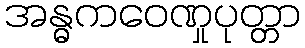
အန္ဓကဝေဏှုပုတ္တာ